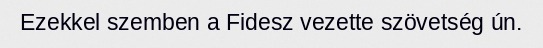
Ezekkel szemben a Fidesz vezette szövetség ún.